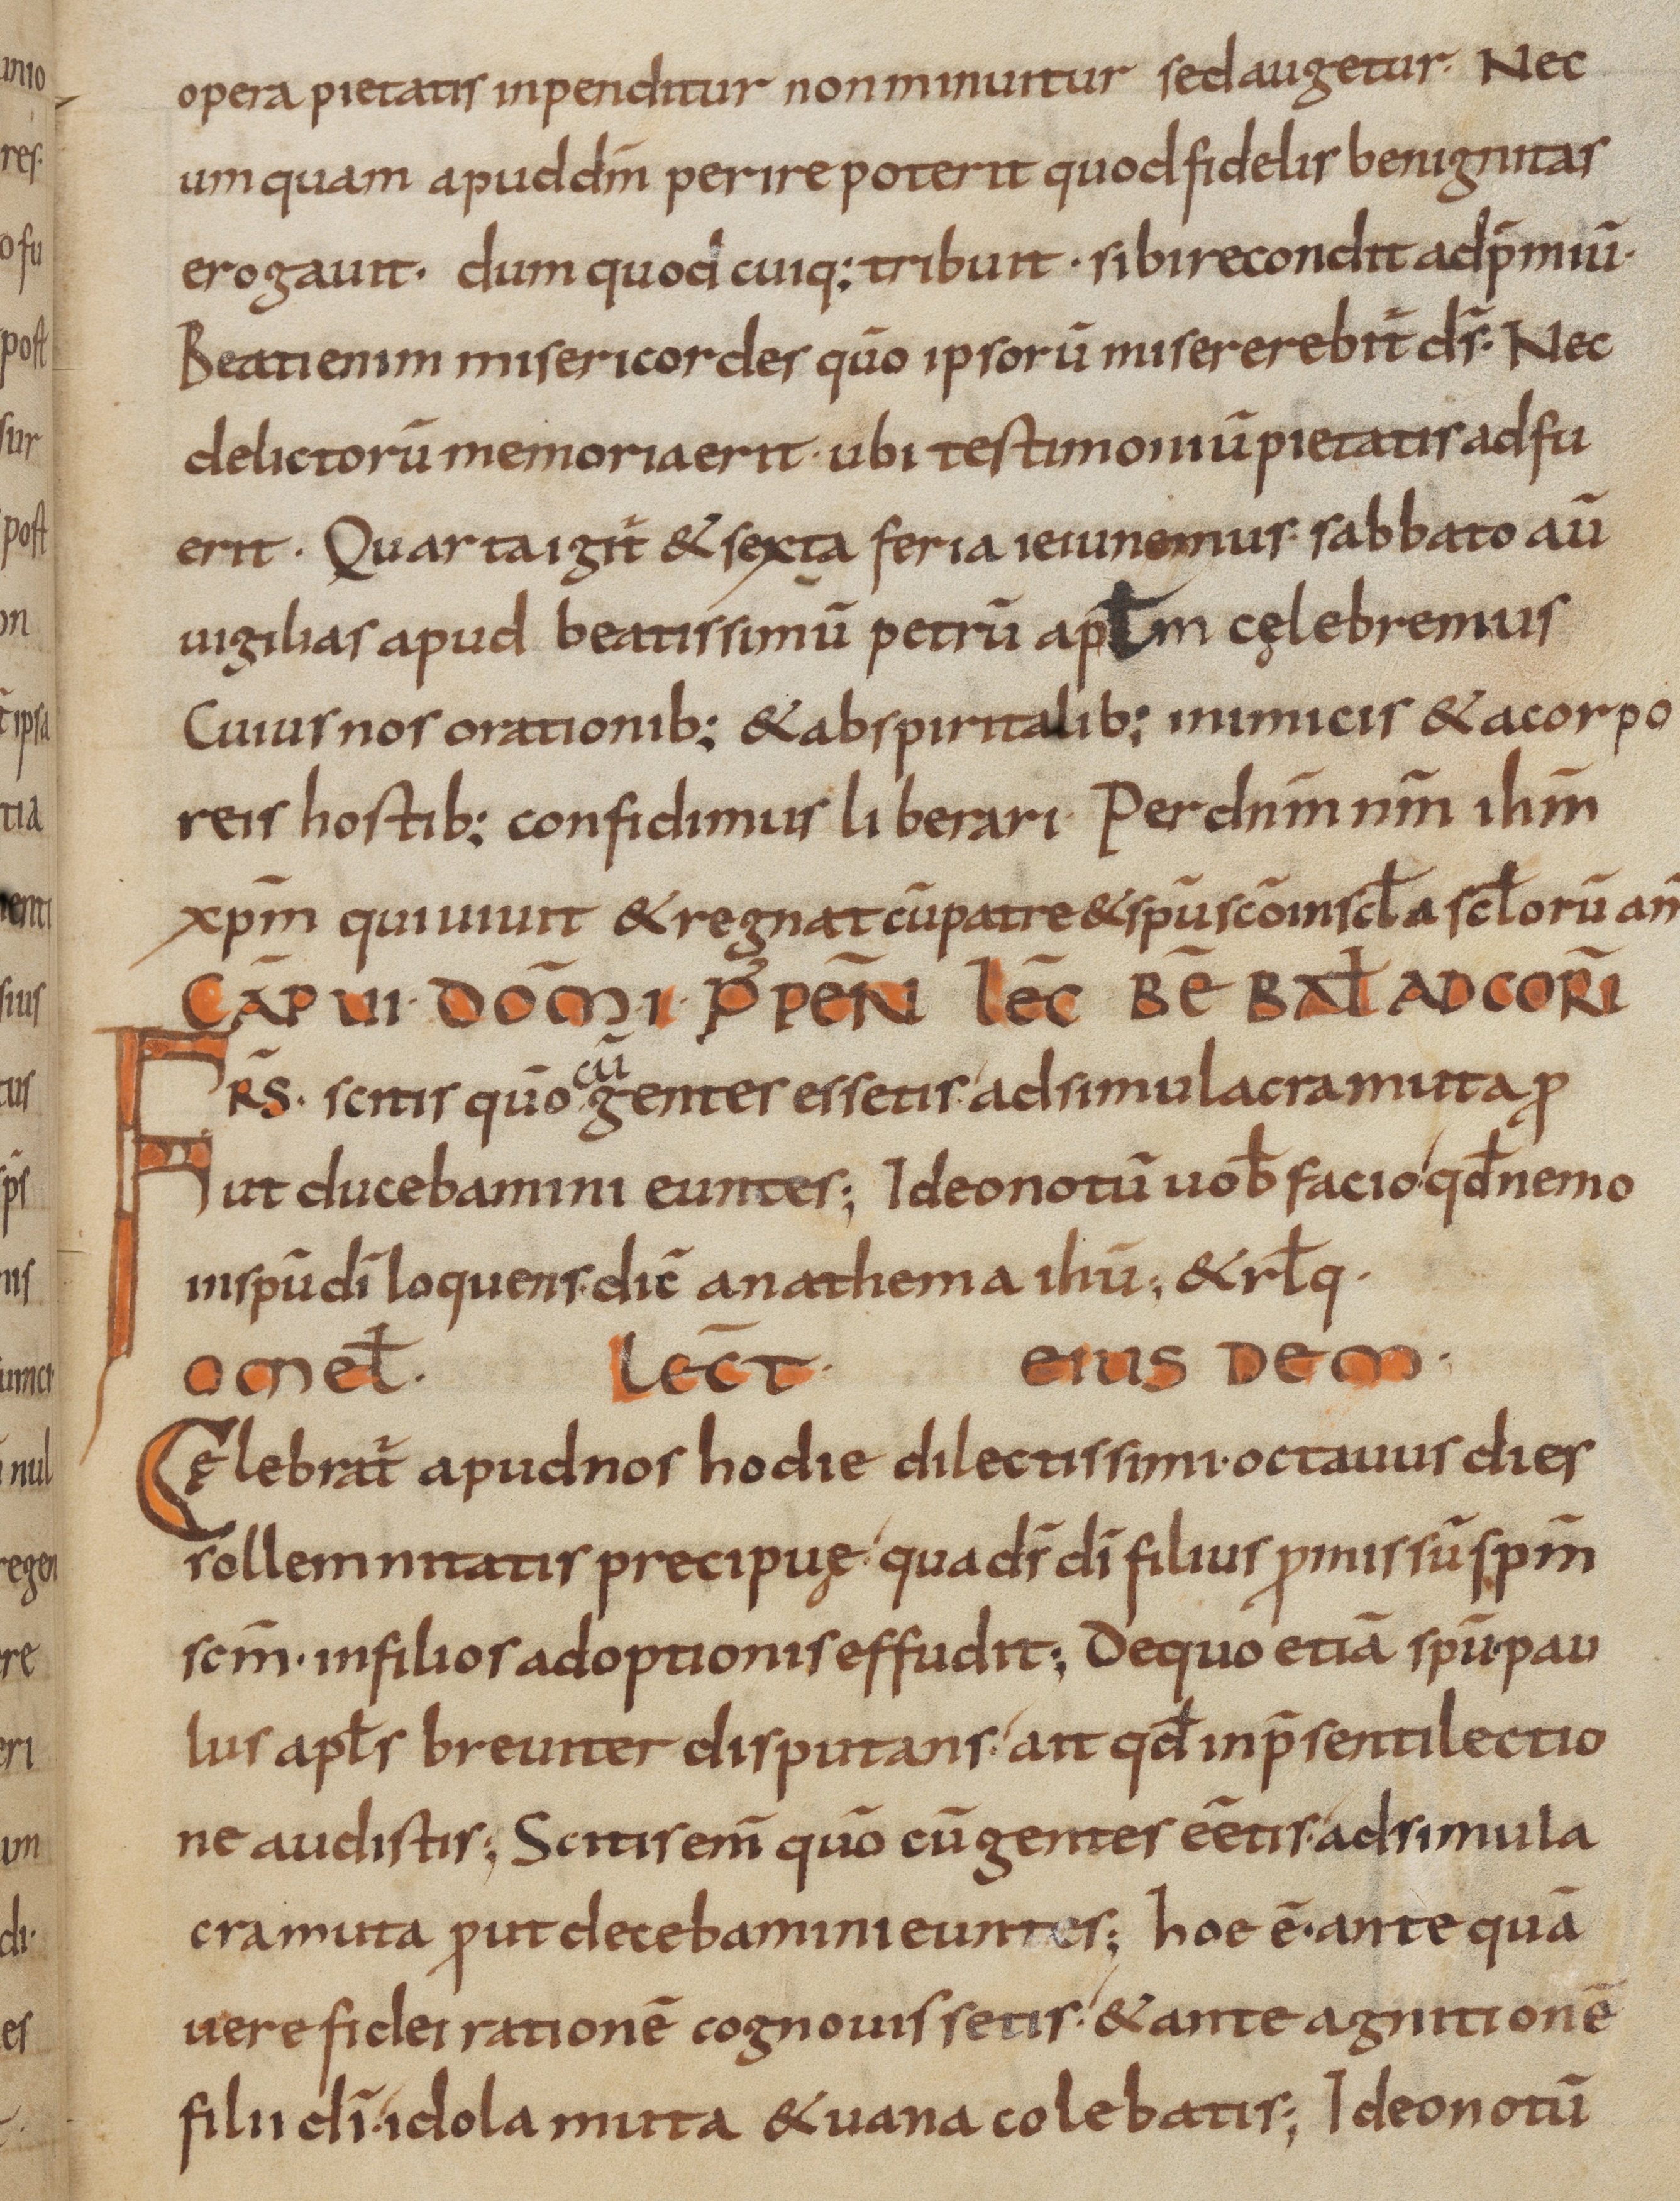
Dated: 800–899